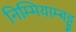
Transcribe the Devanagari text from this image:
निम्मियाम्बट्टू